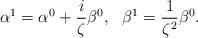
LaTeX: \begin{align*}\alpha^1=\alpha^0+\frac{i}{\zeta}\beta^0,\ \ \beta^1=\frac{1}{\zeta^2}\beta^0.\end{align*}